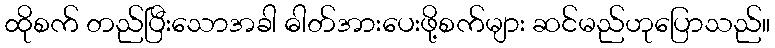
ထိုစက် တည်ပြီးသောအခါ ဓါတ်အားပေးဖို့စက်များ ဆင်မည်ဟုပြောသည်။